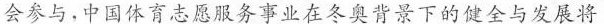
会参与，中国体育志服务事业在冬奥背景下的健全与发展将